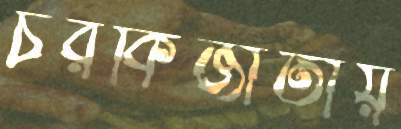
চরকিজাতীয়